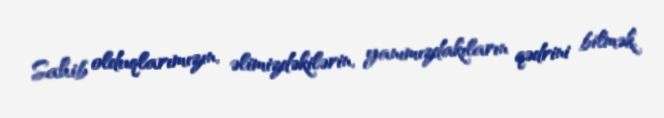
Sahib olduqlarımızın, əlimizdəkilərin, yanımızdakıların qədrini bilmək,